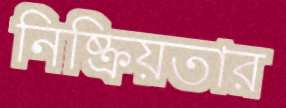
নিষ্ক্রিয়তার